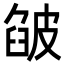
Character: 𤿷